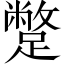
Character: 蹩